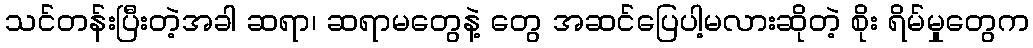
သင်တန်းပြီးတဲ့အခါ ဆရာ၊ ဆရာမတွေနဲ့ တွေ အဆင်ပြေပါ့မလားဆိုတဲ့ စိုး ရိမ်မှုတွေက